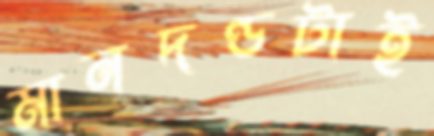
মানদণ্ডটাই